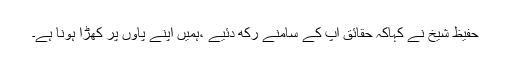
حفیظ شیخ نے کہاکہ حقائق اپ کے سامنے رکھ دئیے ،ہمیں اپنے پاؤں پر کھڑا ہونا ہے۔